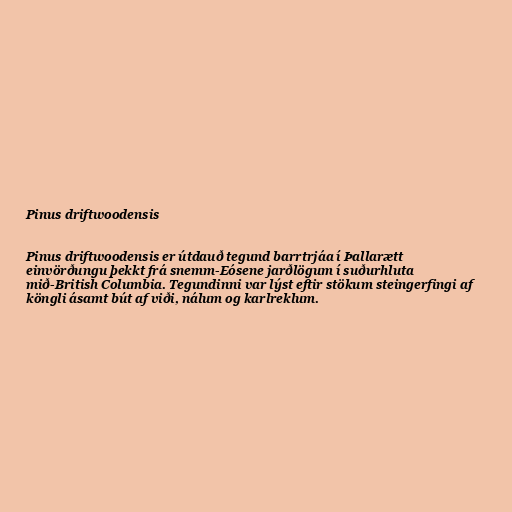
Pinus driftwoodensis

Pinus driftwoodensis er útdauð tegund barrtrjáa í Þallarætt
einvörðungu þekkt frá snemm-Eósene jarðlögum í suðurhluta
mið-British Columbia. Tegundinni var lýst eftir stökum steingerfingi af
köngli ásamt bút af viði, nálum og karlreklum.